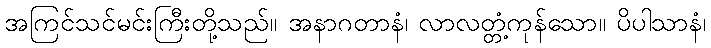
အကြင်သင်မင်းကြီးတို့သည်။ အနာဂတာနံ၊ လာလတ္တံ့ကုန်သော။ ပိပါသာနံ၊